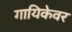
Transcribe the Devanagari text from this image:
गायिकेवर